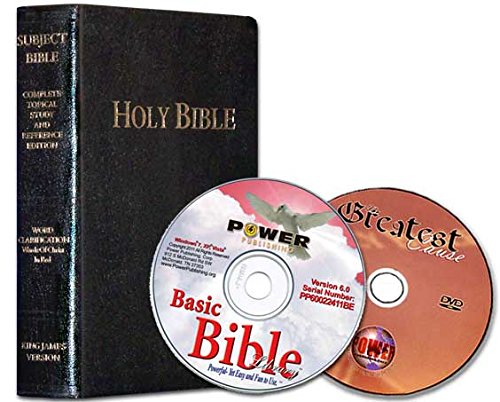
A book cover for The Famous Subject Bible: Complete Topical Study Bible & Reference Edition (Holy Bible, King James Version KJV, Large Print, Words of Christ in Red, Inline Definitions); Christian Books & Bibles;